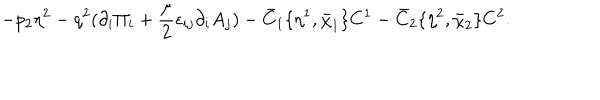
LaTeX: - p _ { 2 } \eta ^ { 2 } - q ^ { 2 } ( \partial _ { i } \Pi _ { i } + { \frac { \mu } { 2 } } \epsilon _ { i j } \partial _ { i } A _ { j } ) - \bar { C } _ { 1 } \{ \eta ^ { 1 } , \bar { \chi } _ { 1 } \} C ^ { 1 } - \bar { C } _ { 2 } \{ \eta ^ { 2 } , \bar { \chi } _ { 2 } \} C ^ { 2 } .